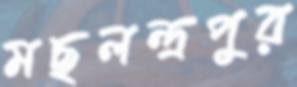
মছলন্দ্রপুর